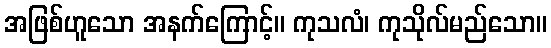
အဖြစ်ဟူသော အနက်ကြောင့်။ ကုသလံ၊ ကုသိုလ်မည်သော။